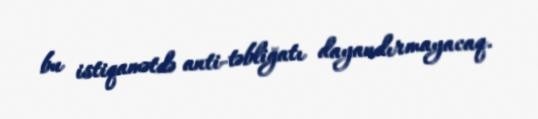
bu istiqamətdə anti-təbliğatı dayandırmayacaq.